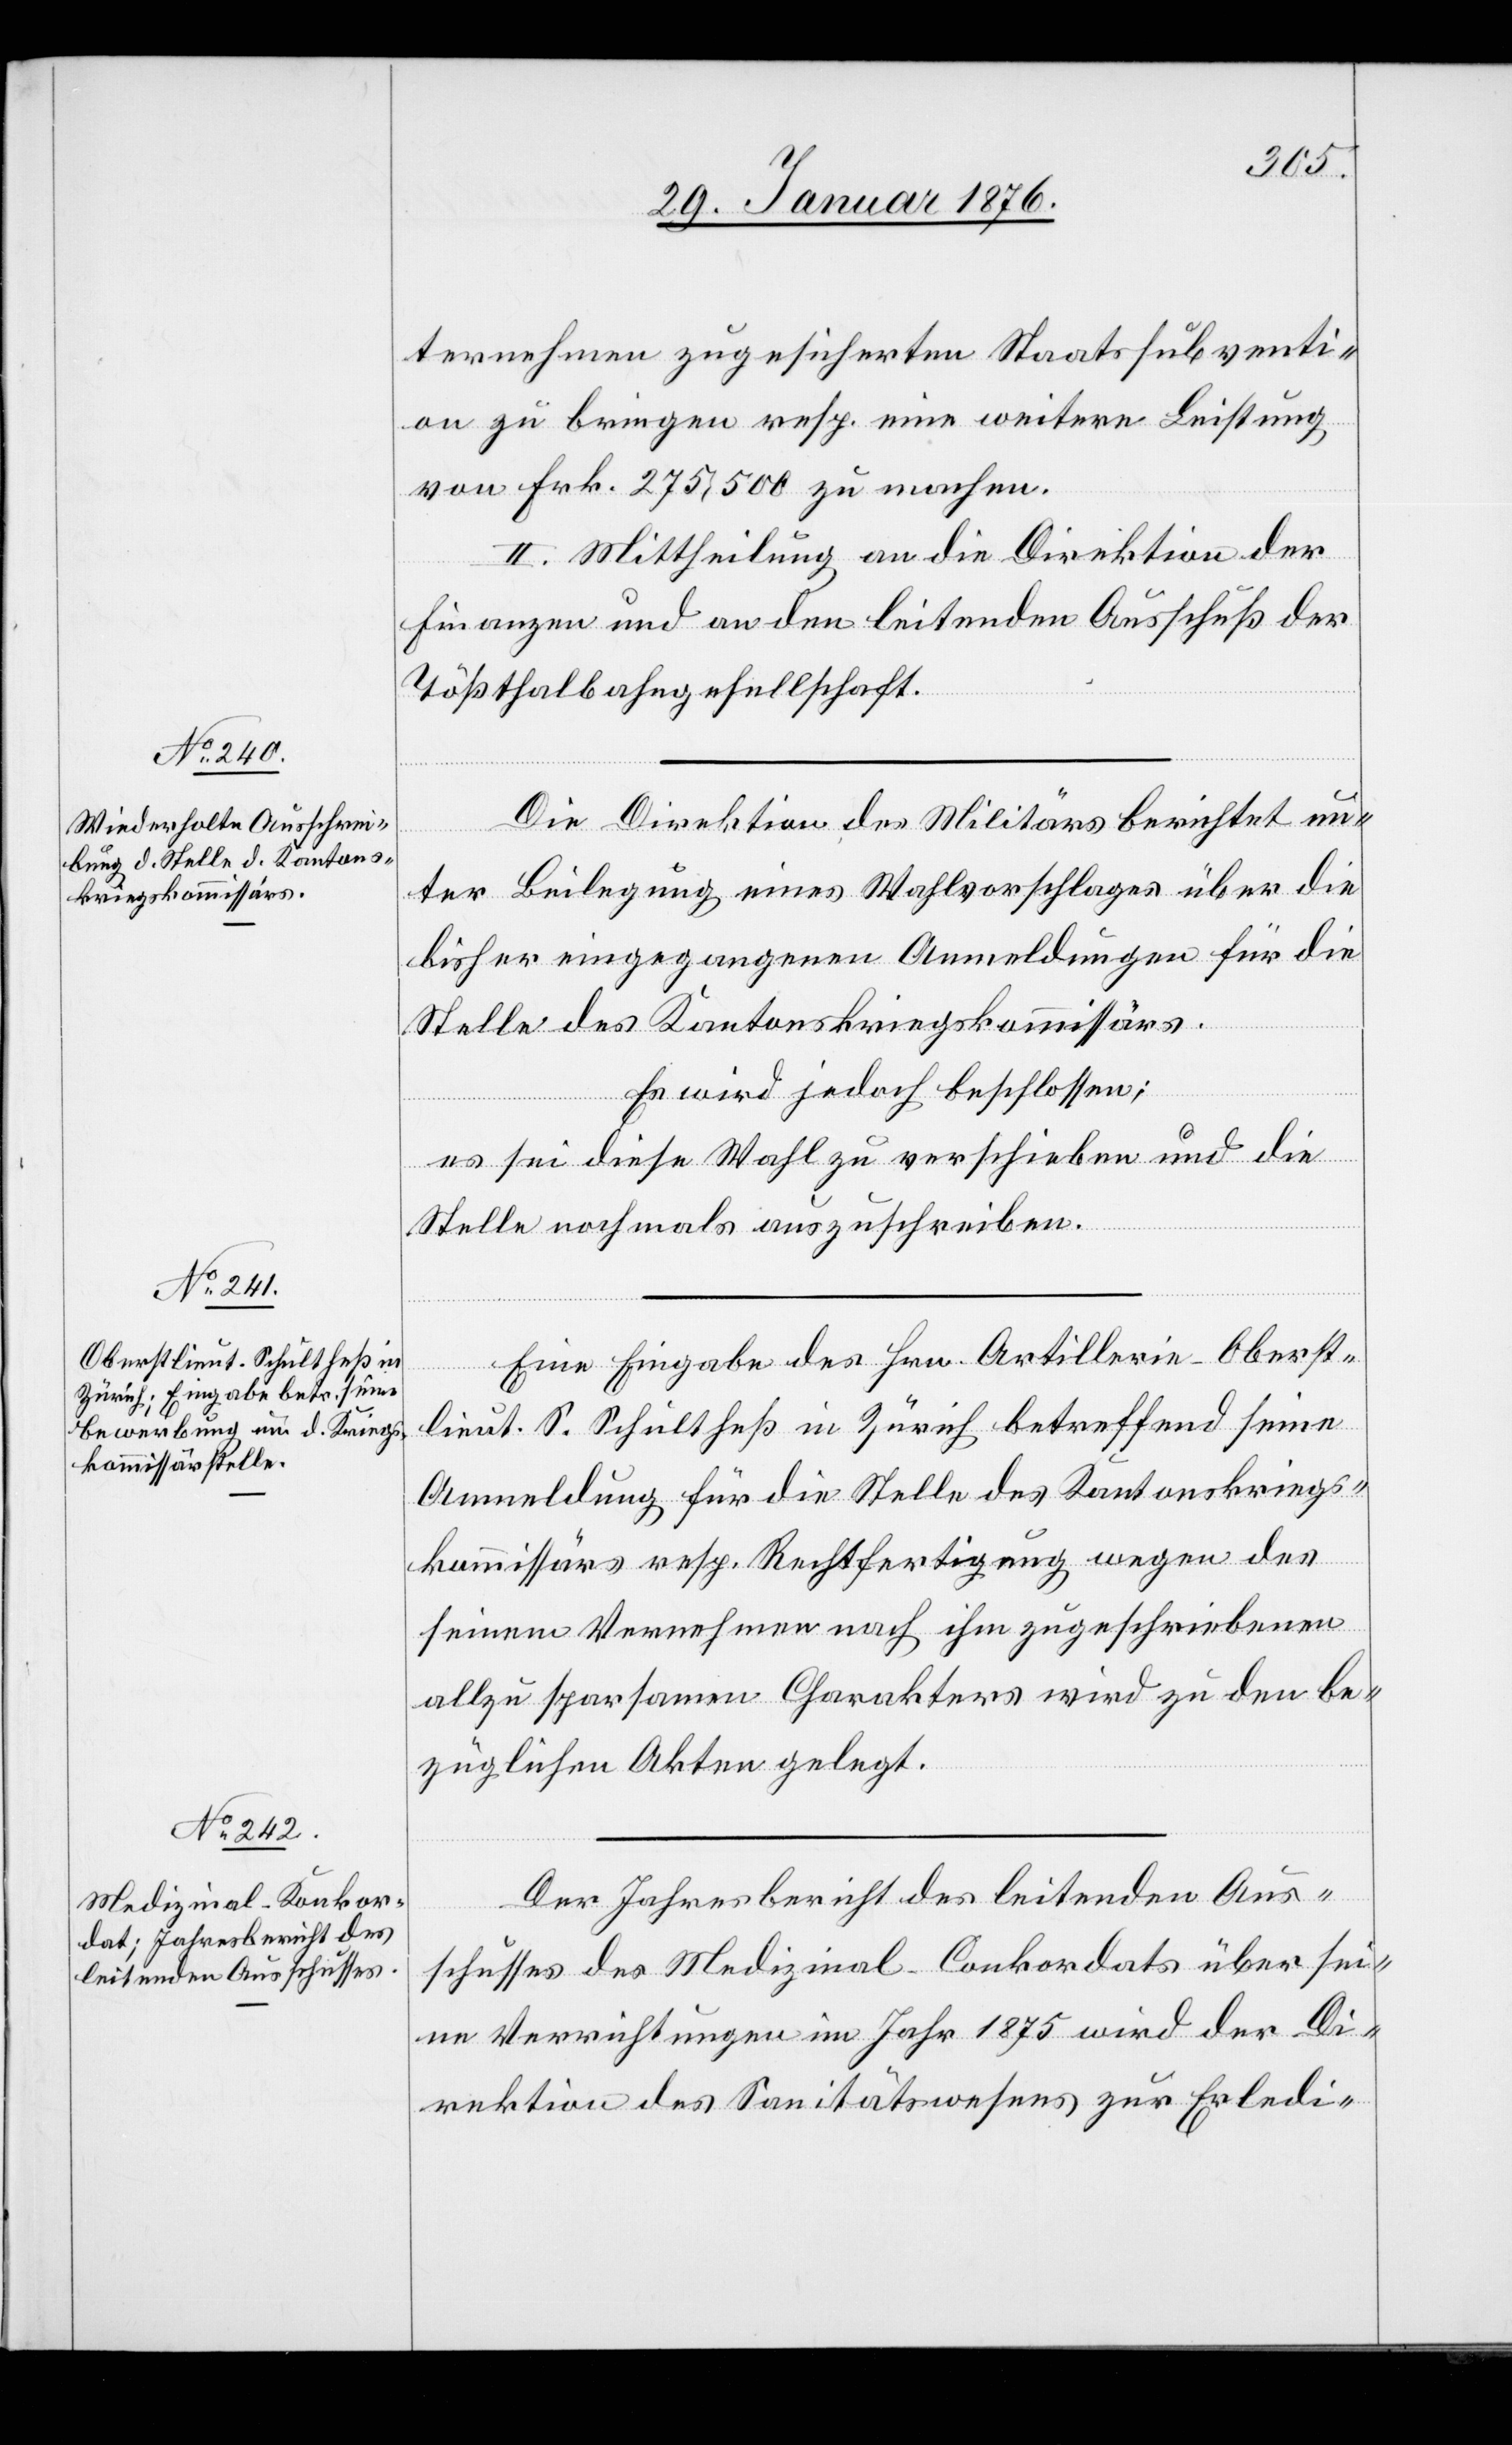
ternehmen zugesicherten Staatssubventi¬
on zu bringen resp. eine weitere Leistung
von Frk. 275,500 zu machen.
II. Mittheilung an die Direktion der
Finanzen und an den leitenden Ausschuß der
Tößthalbahngesellschaft.
Die Direktion des Militärs berichtet un¬
ter Beilegung eines Wahlvorschlages über die
bisher eingegangenen Anmeldungen für die
Stelle des Kantonskriegskommissärs.
Es wird jedoch beschlossen:
es sei diese Wahl zu verschieben und die
Stelle nochmals auszuschreiben.
Eine Eingabe des Hrn. Artillerie-Oberst¬
lieut. S. Schultheß in Zürich betreffend seine
Anmeldung für die Stelle des Kantonskriegs¬
kommissärs resp. Rechtfertigung wegen des
seinem Vernehmen nach ihm zugeschriebenen
allzu sparsamen Charakters wird zu den be¬
züglichen Akten gelegt.
Der Jahresbericht des leitenden Aus¬
schusses des Medizinal-Conkordats über sei¬
ne Verrichtungen im Jahr 1875 wird der Di¬
rektion des Sanitätswesens zur Erledi-